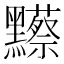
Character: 𪒼